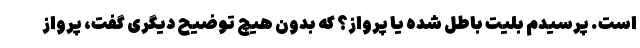
است. پرسیدم بلیت باطل شده یا پرواز؟ که بدون هیچ توضیح دیگری گفت، پرواز